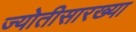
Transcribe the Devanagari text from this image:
ज्योतीसारख्या